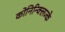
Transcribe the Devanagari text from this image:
कोनिन्क्लिज्के